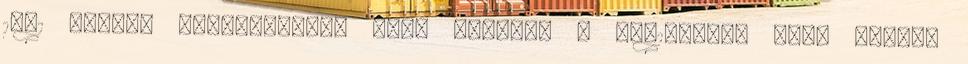
1991 között párhuzamosan volt kapható a ZR-1-gyel, mely később